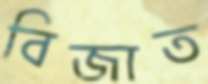
বিজাত